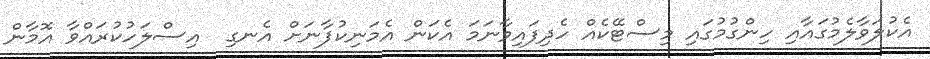
އެކުލަވާލެމުގައާއި ހިންގުމުގައި މިސްޓޭކެއް ހެދިފައިވާނަމަ އެކަން އެމަނިކުފާނަށް އެނގި  އިސްލަހުކުރައްވާ އޮމާން